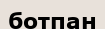
ботпан